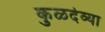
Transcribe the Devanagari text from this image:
कुळदेव्या